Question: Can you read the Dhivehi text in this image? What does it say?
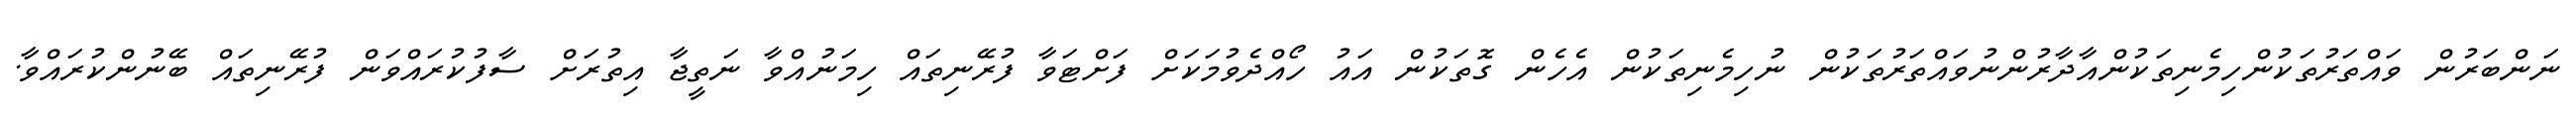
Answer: ނަންބަރުން ވައްތަރުތަކުންހިމެނިތަކުންއާދާރުންނުވައްތަރުތަކުން ނުހިމެނިތަކުން އެހެން ގޮތަކުން އައު ހޯއްދެވުމަކަށް ފަށްޓަވާ ފުރޭނިތައް ހިމަނުއްވާ ނަތީޖާ އިތުރަށް ސާފުކުރައްވަން ފުރޭނިތައް ބޭނުންކުރައްވާ.